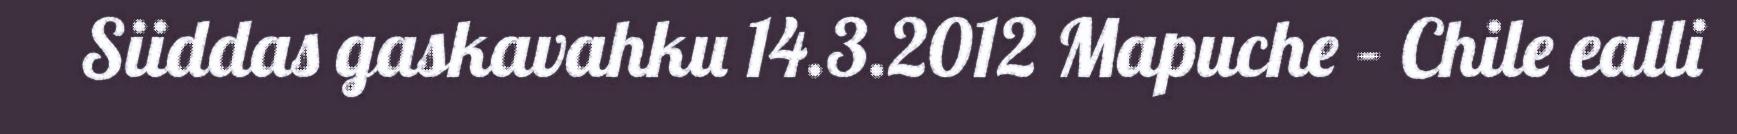
Siiddas gaskavahku 14.3.2012 Mapuche – Chile ealli